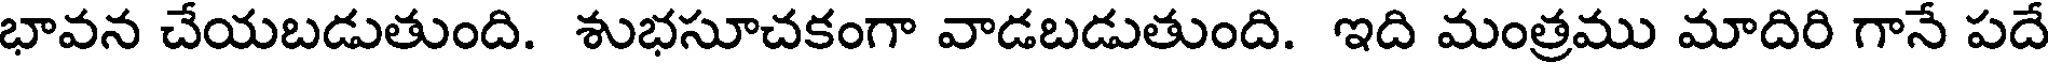
భావన చేయబడుతుంది. శుభసూచకంగా వాడబడుతుంది. ఇది మంత్రము మాదిరి గానే పదే